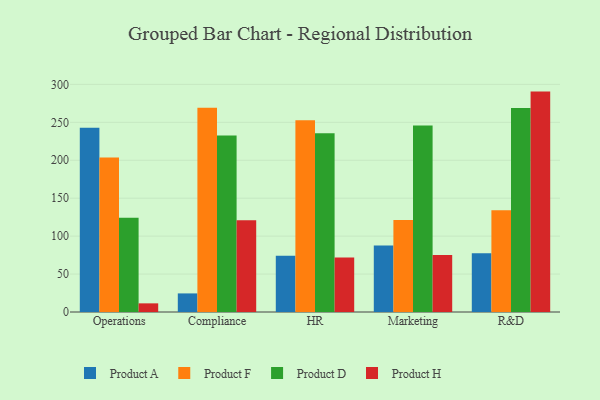
{"axis": {"x": "Department", "y": "Net Income (USD K)"}, "legend": ["Product A", "Product D", "Product F", "Product H"], "data": [{"x": "Operations", "y": 242.9, "type": "Product A"}, {"x": "Operations", "y": 203.7, "type": "Product F"}, {"x": "Operations", "y": 124.1, "type": "Product D"}, {"x": "Operations", "y": 11.4, "type": "Product H"}, {"x": "Compliance", "y": 24.5, "type": "Product A"}, {"x": "Compliance", "y": 269.2, "type": "Product F"}, {"x": "Compliance", "y": 232.7, "type": "Product D"}, {"x": "Compliance", "y": 121.0, "type": "Product H"}, {"x": "HR", "y": 74.2, "type": "Product A"}, {"x": "HR", "y": 252.6, "type": "Product F"}, {"x": "HR", "y": 235.7, "type": "Product D"}, {"x": "HR", "y": 71.9, "type": "Product H"}, {"x": "Marketing", "y": 87.8, "type": "Product A"}, {"x": "Marketing", "y": 121.3, "type": "Product F"}, {"x": "Marketing", "y": 245.9, "type": "Product D"}, {"x": "Marketing", "y": 75.2, "type": "Product H"}, {"x": "R&D", "y": 77.5, "type": "Product A"}, {"x": "R&D", "y": 134.0, "type": "Product F"}, {"x": "R&D", "y": 268.9, "type": "Product D"}, {"x": "R&D", "y": 290.5, "type": "Product H"}]}